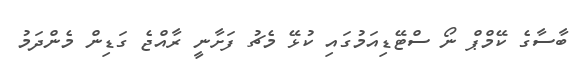
ބާސާގެ ކޭމްޕް ނޯ ސްޓޭޑިއަމުގައި ކުޅޭ މެޗު ފަށާނީ ރާއްޖެ ގަޑިން މެންދަމު